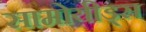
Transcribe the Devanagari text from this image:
सामोयीड्स